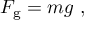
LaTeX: F _ { \mathrm { g } } = m g \ ,